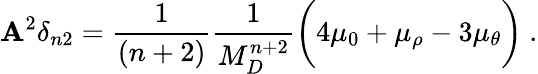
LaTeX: \mathbf{A}^{2}\delta_{n2}=\frac{{1}}{{(n+2)}}\frac{{1}}{{M_{D}^{n+2}}}\bigg(4\mu_{0}+\mu_{\rho}-3\mu_{\theta}\bigg)~.